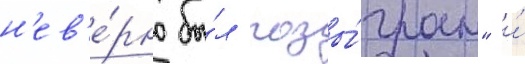
н'ев'е́рно бы́л разы́гран" и́